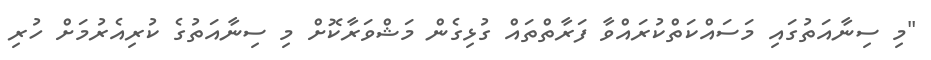
"މި ސިނާއަތުގައި މަސައްކަތްކުރައްވާ ފަރާތްތައް ގުޅިގެން މަޝްވަރާކޮށް މި ސިނާއަތުގެ ކުރިއެރުމަށް ހުރި